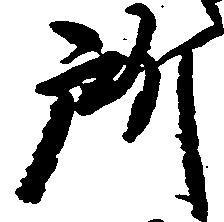
所